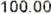
100.00